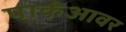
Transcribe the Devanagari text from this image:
पार्कआवर